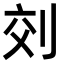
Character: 𠜅